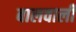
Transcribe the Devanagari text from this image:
बालवाली